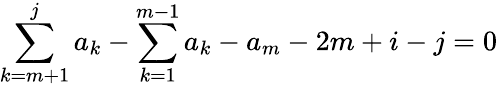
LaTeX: \sum_{k=m+1}^{j}a_{k}-\sum_{k=1}^{m-1}a_{k}-a_{m}-2m+i-j=0